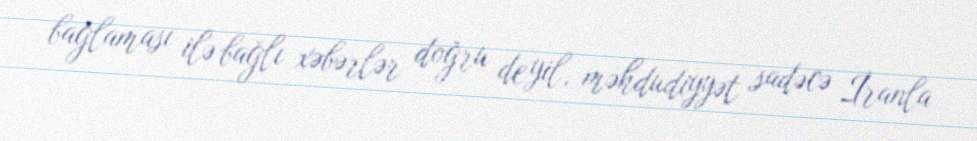
bağlaması ilə bağlı xəbərlər doğru deyil, məhdudiyyət sadəcə İranla